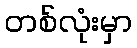
တစ်လုံးမှာ